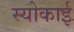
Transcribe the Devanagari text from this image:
स्योकाई